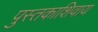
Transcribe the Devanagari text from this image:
पुस्तकाशिवाय